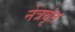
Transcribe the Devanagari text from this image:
नेत्रवृंत